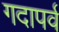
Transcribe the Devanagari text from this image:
गदापर्व